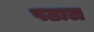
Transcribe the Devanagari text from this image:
पठाल